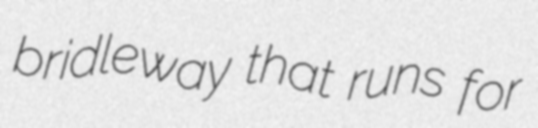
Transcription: bridleway that runs for